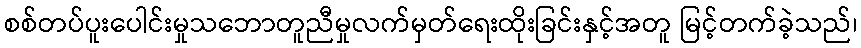
စစ်တပ်ပူးပေါင်းမှုသဘောတူညီမှုလက်မှတ်ရေးထိုးခြင်းနှင့်အတူ မြင့်တက်ခဲ့သည်၊